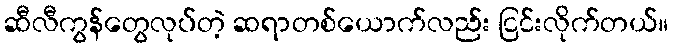
ဆီလီကွန်တွေလုပ်တဲ့ ဆရာတစ်ယောက်လည်း ငြင်းလိုက်တယ်။